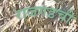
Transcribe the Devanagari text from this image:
राजगडची